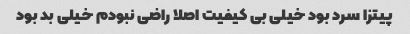
پیتزا سرد بود خیلی بی کیفیت اصلا راضی نبودم خیلی بد بود